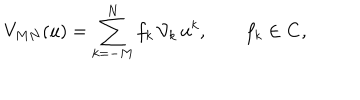
LaTeX: V _ { M N } ( u ) = \sum _ { k = - M } ^ { N } f _ { k } \, { \cal V } _ { k } \, u ^ { k } , \qquad f _ { k } \in { \bf C } ,